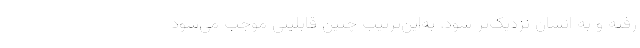
رفته و به انسان نزدیک‌تر شود. به‌این‌ترتیب چنین قابلیتی موجب می‌شود